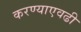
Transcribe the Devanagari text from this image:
करण्याएवढी